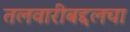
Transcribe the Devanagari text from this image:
तलवारीबद्दलचा